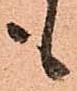
も